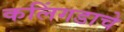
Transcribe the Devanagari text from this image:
कलिंगडाचे